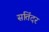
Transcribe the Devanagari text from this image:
सतिंदर